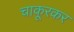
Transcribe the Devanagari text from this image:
चाकूरकर